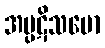
အပ္ပဋိသမော